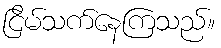
ငြိမ်သက်နေကြသည်။